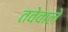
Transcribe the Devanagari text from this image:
तवेवाले